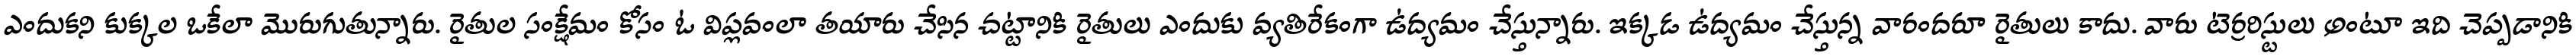
ఎందుకని కుక్కల ఒకేలా మొరుగుతున్నారు. రైతుల సంక్షేమం కోసం ఓ విప్లవంలా తయారు చేసిన చట్టానికి రైతులు ఎందుకు వ్యతిరేకంగా ఉద్యమం చేస్తున్నారు. ఇక్కడ ఉద్యమం చేస్తున్న వారందరూ రైతులు కాదు. వారు టెర్రరిస్టులు అంటూ ఇది చెప్పడానికి